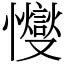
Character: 㦪